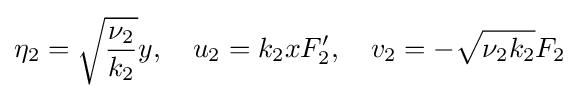
\eta _{2}={\sqrt {\frac {\nu _{2}}{k_{2}}}}y,\quad u_{2}=k_{2}xF_{2}',\quad v_{2}=-{\sqrt {\nu _{2}k_{2}}}F_{2}